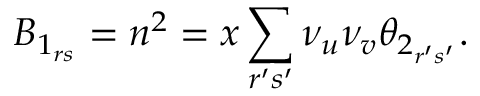
B _ { 1 _ { r s } } = n ^ { 2 } = x \sum _ { r ^ { \prime } s ^ { \prime } } \nu _ { u } \nu _ { v } \theta _ { 2 _ { r ^ { \prime } s ^ { \prime } } } .